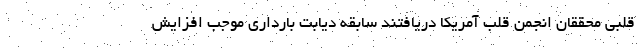
قلبی محققان انجمن قلب آمریکا دریافتند سابقه دیابت بارداری موجب افزایش